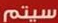
سيتم